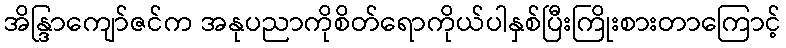
အိန္ဒြာကျော်ဇင်က အနုပညာကိုစိတ်ရောကိုယ်ပါနှစ်ပြီးကြိုးစားတာကြောင့်